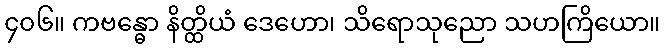
၄၀၆။ ကဗန္ဓော နိတ္ထိယံ ဒေဟော၊ သိရောသုညော သဟကြိယော။